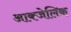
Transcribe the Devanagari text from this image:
आक्जेलिक